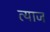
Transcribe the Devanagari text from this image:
त्याज